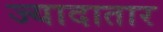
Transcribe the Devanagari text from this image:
ज्यादातार